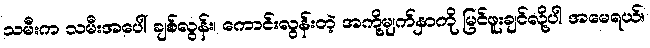
သမီးက သမီးအပေါ် ချစ်လွန်း၊ ကောင်းလွန်းတဲ့ အကို့မျက်နှာကို မြင်ဖူးချင်လို့ပါ အမေရယ်။